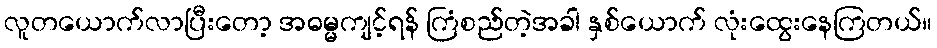
လူတယောက်လာပြီးတော့ အဓမ္မကျင့်ရန် ကြံစည်တဲ့အခါ နှစ်ယောက် လုံးထွေးနေကြတယ်။